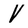
Character: V